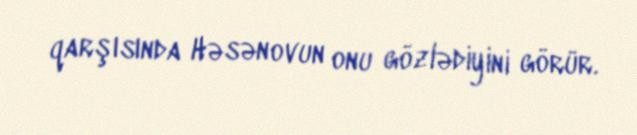
qarşısında Həsənovun onu gözlədiyini görür.